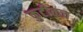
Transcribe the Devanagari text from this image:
कुटीकच